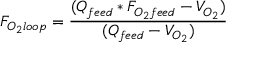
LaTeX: F _ { O _ { 2 } l o o p } = { \frac { ( Q _ { f e e d } * F _ { O _ { 2 } f e e d } - V _ { O _ { 2 } } ) } { ( Q _ { f e e d } - V _ { O _ { 2 } } ) } }